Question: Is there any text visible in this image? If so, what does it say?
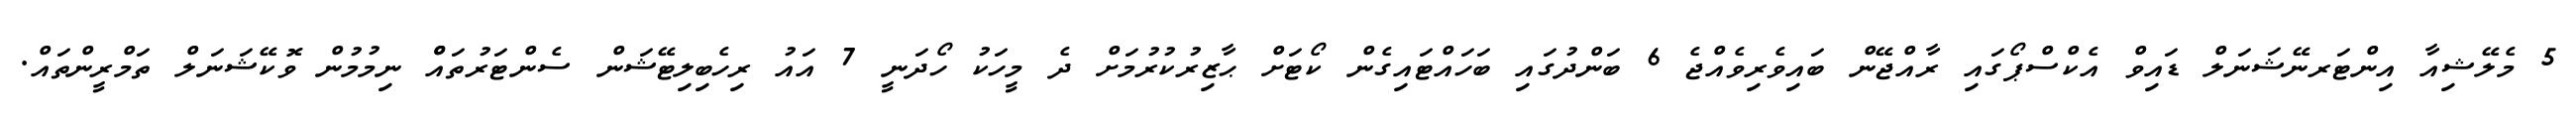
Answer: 5 މެލޭޝިއާ އިންޓަރނޭޝަނަލް ޑައިވް އެކްސްޕޯގައި ރާއްޖޭން ބައިވެރިވެއްޖެ 6 ބަންދުގައި ބަހައްޓައިގެން ކޯޓަށް ޙާޒިރުކުރުމަށް ދެ މީހަކު ހޯދަނީ 7 އައު ރިހެބިލިޓޭޝަން ސެންޓަރުތައްް ނިމުމުން ވޮކޭޝަނަލް ތަމްރީންތައް.